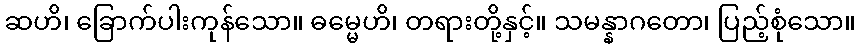
ဆဟိ၊ ခြောက်ပါးကုန်သော။ ဓမ္မေဟိ၊ တရားတို့နှင့်။ သမန္နာဂတော၊ ပြည့်စုံသော။